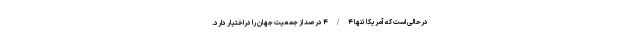
درحالی است که آمریکا تنها ۴/۴ درصد از جمعیت جهان را دراختیار دارد.